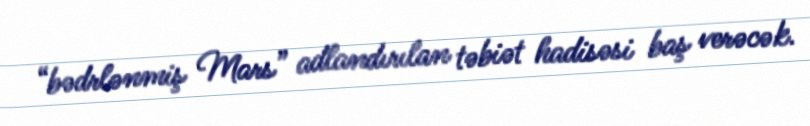
“bədrlənmiş Mars” adlandırılan təbiət hadisəsi baş verəcək.